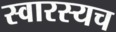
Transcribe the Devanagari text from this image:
स्वारस्यच